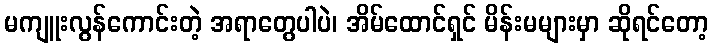
မကျူးလွန်ကောင်းတဲ့ အရာတွေပါပဲ၊ အိမ်ထောင်ရှင် မိန်းမများမှာ ဆိုရင်တော့